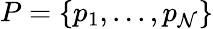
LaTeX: P=\{ p_{1},...,p_{\mathcal{N}}\}